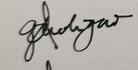
Signature authenticity: genuine